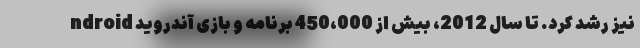
ndroid نیز رشد کرد. تا سال 2012، بیش از 450،000 برنامه و بازی آندروید